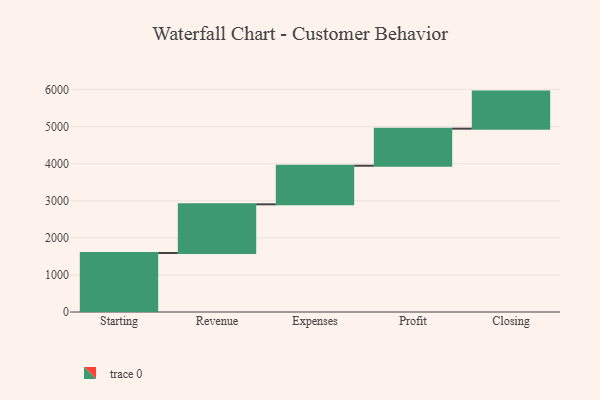
{"axis": {"x": "Step", "y": "Value"}, "legend": [""], "data": [{"x": "Starting", "y": 1592.0, "type": ""}, {"x": "Revenue", "y": 1313.0, "type": ""}, {"x": "Expenses", "y": 1041.0, "type": ""}, {"x": "Profit", "y": 1000, "type": ""}, {"x": "Closing", "y": 1000, "type": ""}]}